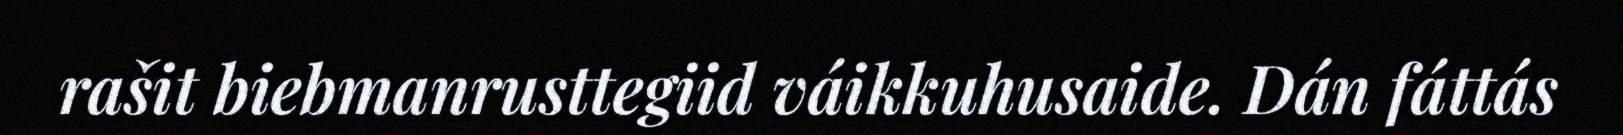
rašit biebmanrusttegiid váikkuhusaide. Dán fáttás